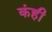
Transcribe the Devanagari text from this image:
कंही